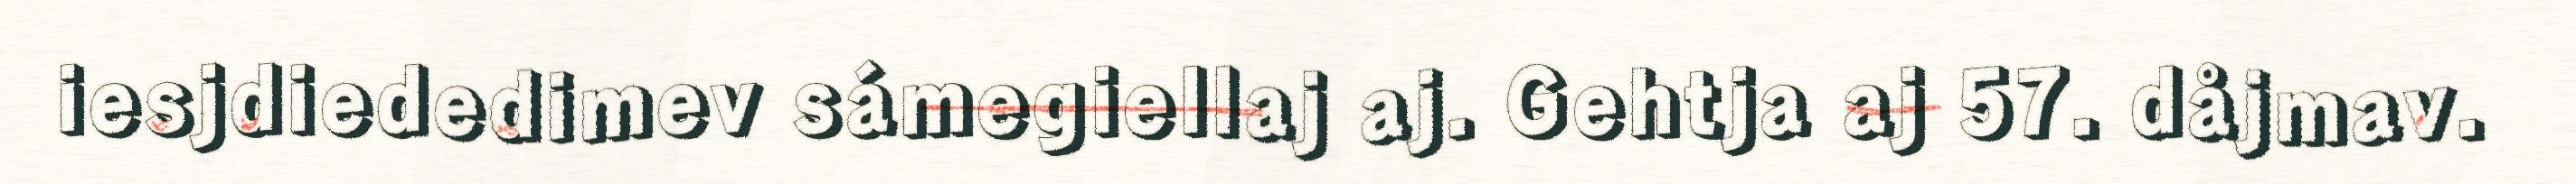
iesjdiededimev sámegiellaj aj. Gehtja aj 57. dåjmav.